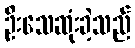
ဦးသေဆုံးခဲ့သည်